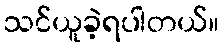
သင်ယူခဲ့ရပါတယ်။